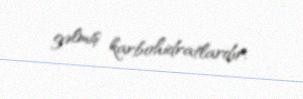
gəlmiş karbohidratlardır.